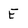
Character: E